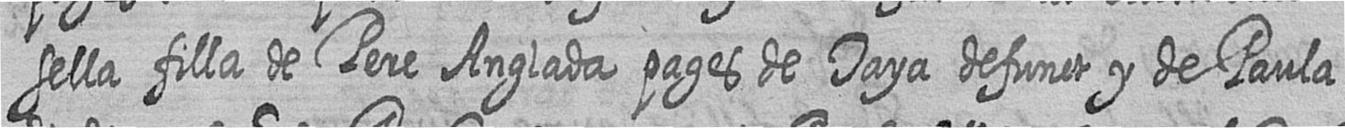
sella filla de Pere Anglada pages de Taya defunct y de Paula